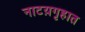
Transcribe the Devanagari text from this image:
नाटय़गृहात